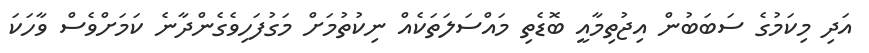
އަދި މިކަމުގެ ސަބަބުން އިޖުތިމާއީ ބޮޑެތި މައްސަލަތަކެއް ނިކުތުމަށް މަގުފަހިވެގެންދާނެ ކަމަށްވެސް ވާހަކަ